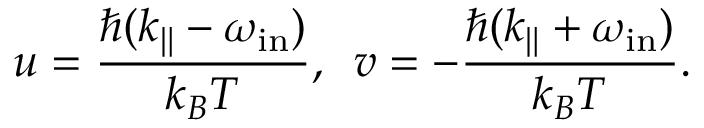
u = \frac { \hbar ( k _ { \| } - \omega _ { \mathrm { i n } } ) } { k _ { B } T } , \, \, \, v = - \frac { \hbar ( k _ { \| } + \omega _ { \mathrm { i n } } ) } { k _ { B } T } .